Calcutta medical institutions reports 1871-78
Year: 1871
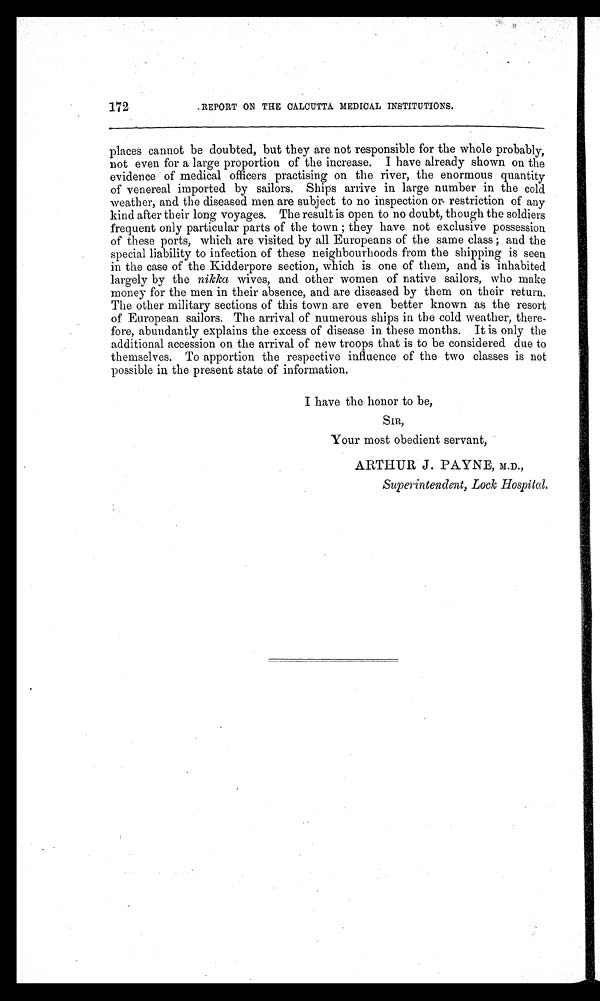
172
REPORT ON THE CALCUTTA MEDICAL INSTITUTIONS.
places cannot be doubted, but they are not responsible for the whole probably,
not even for a large proportion of the increase. I have already shown on the
evidence of medical officers practising on the river, the enormous quantity
of venereal imported by sailors. Ships arrive in large number in the cold
weather, and the diseased men are subject to no inspection or restriction of any
kind after their long voyages. The result is open to no doubt, though the soldiers
frequent only particular parts of the town ; they have not exclusive possession
of these ports, which are visited by all Europeans of the same class ; and the
special liability to infection of these neighbourhoods from the shipping is seen
in the case of the Kidderpore section, which is one of them, and is inhabited
largely by the nikka wives, and other women of native sailors, who make
money for the men in their absence, and are diseased by them on their return.
The other military sections of this town are even better known as the resort
of European sailors. The arrival of numerous ships in the cold weather, there-
fore, abundantly explains the excess of disease in these months. It is only the
additional accession on the arrival of new troops that is to be considered due to
themselves. To apportion the respective influence of the two classes is not
possible in the present state of information.
I have the honor to be,
SIR,
Your most obedient servant,
ARTHUR J. PAYNE, M.D.,
Superintendent, Lock Hospital.